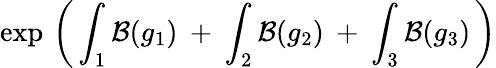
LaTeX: \exp\, \left(\, \int_{1}{\cal B}(g_{1})\: +\: \int_{2}{\cal B}(g_{2})\: +\: \int_{3}{\cal B}(g_{3})\, \right)